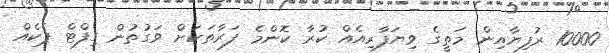
10000 ރުފިޔާއިން މަތީގެ ވިޔަފާރިއެއް ކުރާ ކޮންމެ ފަރާތަކަށް ވަގުތުން ގިފްޓް ޕެކެއް